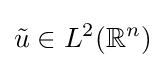
{\tilde {u}}\in L^{2}(\mathbb {R} ^{n})